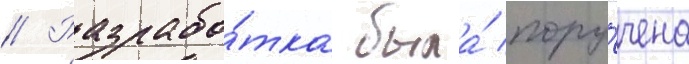
// Разрабо́тка была́ пору́чена